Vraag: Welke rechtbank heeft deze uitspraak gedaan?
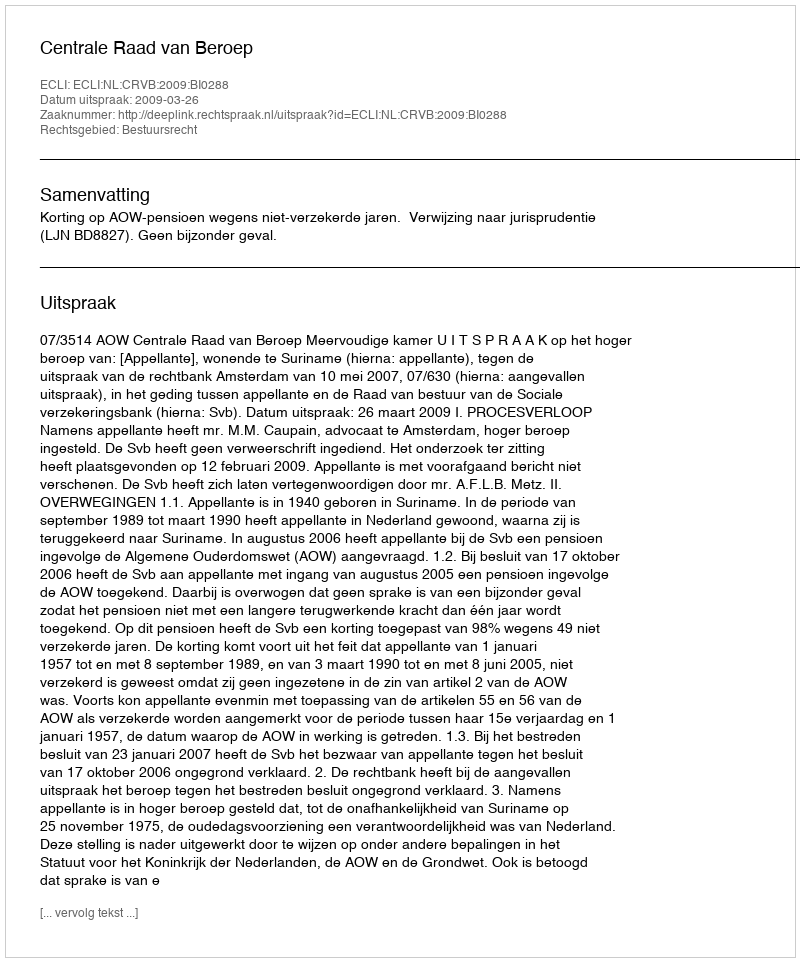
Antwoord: Centrale Raad van Beroep